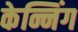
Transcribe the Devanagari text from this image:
केन्निंग